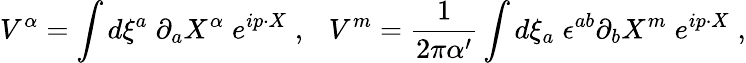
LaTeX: V^{\alpha}=\int d\xi^{a}\; \partial_{a}X^{\alpha}\; e^{ip\cdot X}\; ,\ \ \ V^{m}={\frac{1}{2\pi\alpha^{\prime}}}\int d\xi_{a}\; \epsilon^{ab}\partial_{b}X^{m}\; e^{ip\cdot X}\; ,